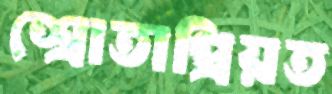
শ্রোতাপ্রিয়ত